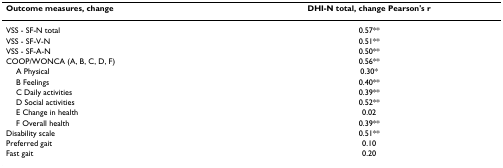
<table><thead><tr><td><b>Outcome measures, change</b></td><td><b>DHI-N total, change Pearson&#x27;s r</b></td></tr></thead><tbody><tr><td>VSS - SF-N total</td><td>0.57**</td></tr><tr><td>VSS - SF-V-N</td><td>0.51**</td></tr><tr><td>VSS - SF-A-N</td><td>0.50**</td></tr><tr><td>COOP/WONCA (A, B, C, D, F)</td><td>0.56**</td></tr><tr><td> A Physical</td><td>0.30*</td></tr><tr><td> B Feelings</td><td>0.40**</td></tr><tr><td> C Daily activities</td><td>0.39**</td></tr><tr><td> D Social activities</td><td>0.52**</td></tr><tr><td> E Change in health</td><td>0.02</td></tr><tr><td> F Overall health</td><td>0.39**</td></tr><tr><td>Disability scale</td><td>0.51**</td></tr><tr><td>Preferred gait</td><td>0.10</td></tr><tr><td>Fast gait</td><td>0.20</td></tr></tbody></table>